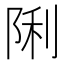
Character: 𮥉